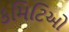
કમિટિઓ